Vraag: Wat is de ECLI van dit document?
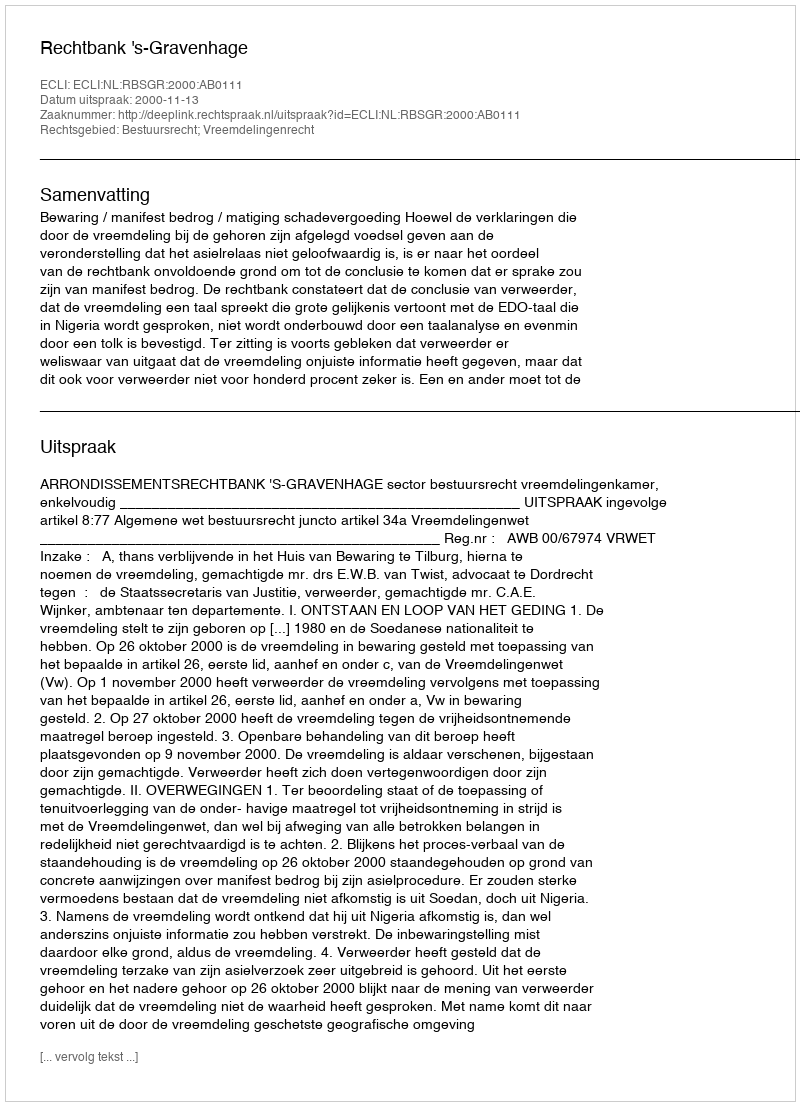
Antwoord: ECLI:NL:RBSGR:2000:AB0111